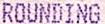
ROUNDING